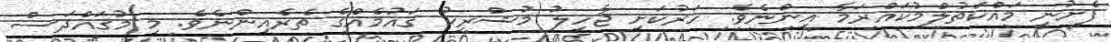
ފެށުނީ މައްކަތުލްމުކައްރަމާ އިންނެވެ. ހަރުކަށި ޖާހިލު މުޝްރިކު ޤައުމެއްގެ ތެރެއިންނެވެ. މި މުޤައްދަސް